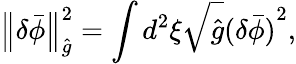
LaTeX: \left\| \delta{\bar{\phi}}\right\| _{\hat{g}}^{2}=\int{d^{2}}\xi\sqrt{\hat{g}}{{(\delta{\bar{\phi}})}^{2}},